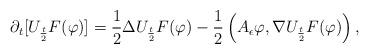
LaTeX: \begin{align*}\partial_t[U_{\frac{t}{2}}F(\varphi)]=\frac{1}{2}\Delta U_{\frac{t}{2}}F(\varphi)-\frac{1}{2}\left(A_{\epsilon}\varphi,\nabla U_{\frac{t}{2}}F(\varphi)\right),\end{align*}